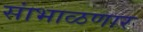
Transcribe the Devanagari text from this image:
सांभाळणार